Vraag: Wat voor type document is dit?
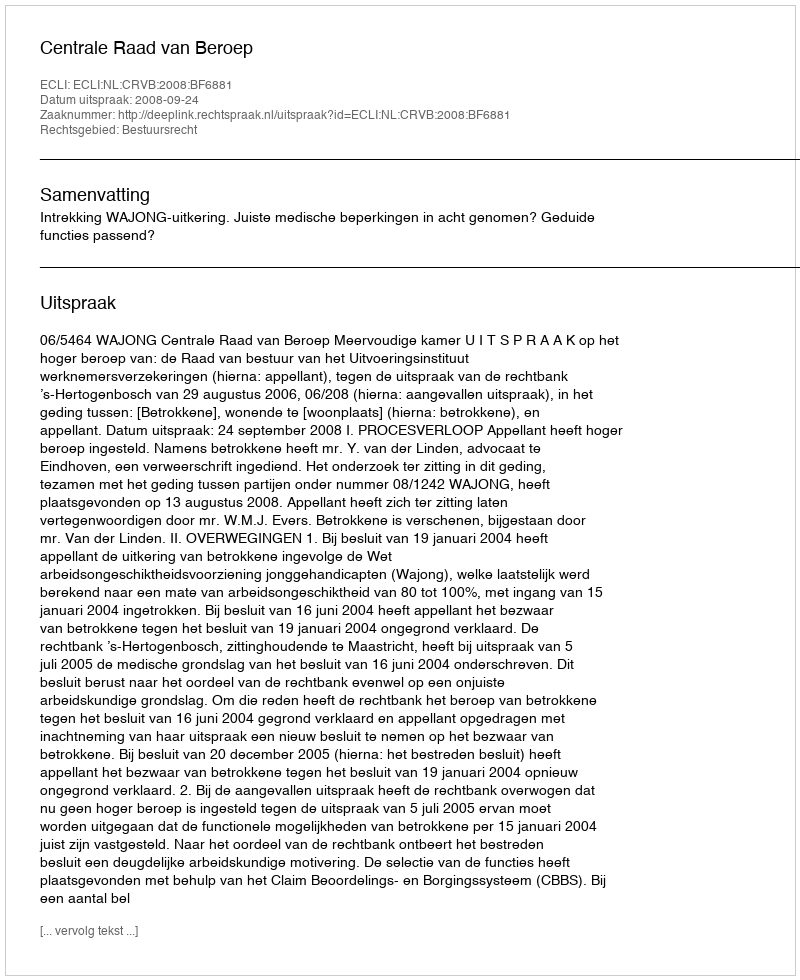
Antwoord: Uitspraak